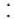
: